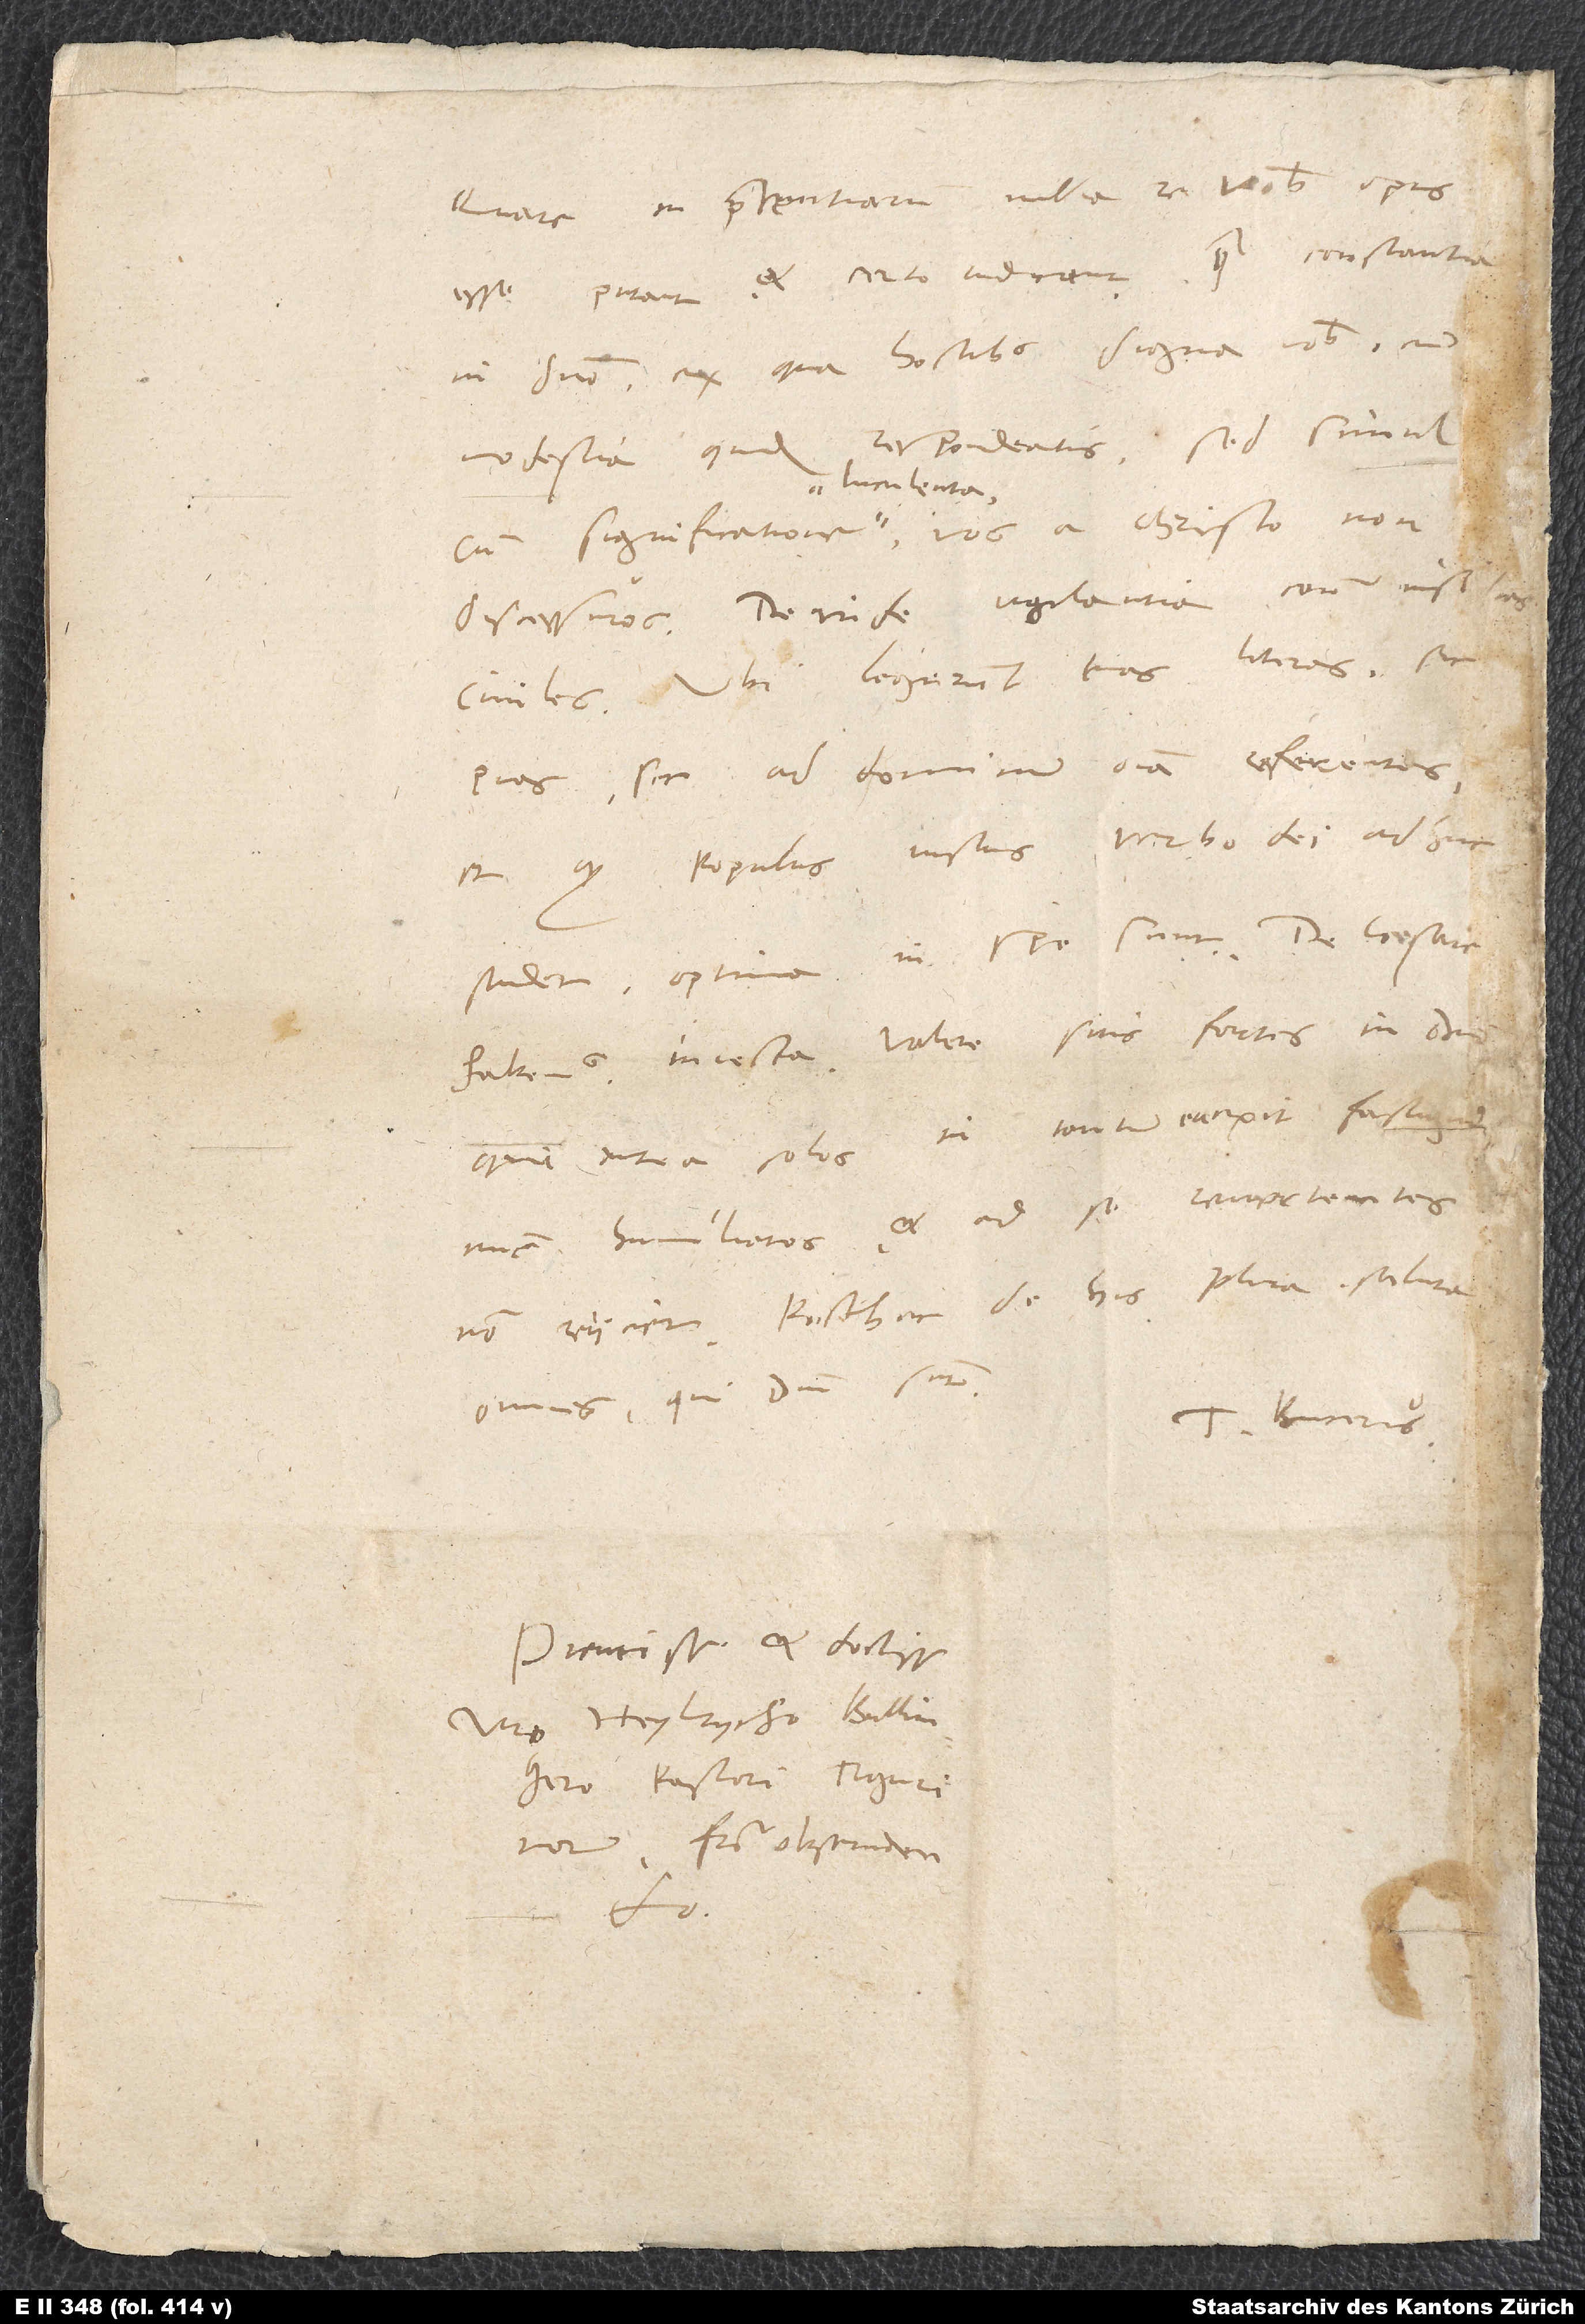
Quare in praesentiarum nulla re vobis opus
esse putant et certo iudicant quam constantia
in domino, ex qua hostibus digna vobis cum
modestia quidem respondeatis, sed simul
cum significatione luculenta, vos a Christo non
civiles. Ubi legerunt tuas literas sic
pias, sic ad dominum omnia referentes,
et quod populus iustus verbo dei adhuc
Qui antea solos in tantum erexit fastigium,
nunc humiliatos et ad se revertentes
non reiiciet. Posthac de his plura. Saluta
omnes, qui domini sunt.
Pientissimo et doctissimo
viro Heylrycho Bullingero,
pastori Tigurinorum,
fratri observando.